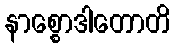
နာစ္စောဒါတောတိ